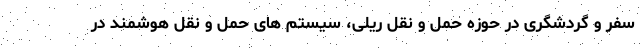
سفر و گردشگری در حوزه حمل و نقل ریلی، سیستم های حمل و نقل هوشمند در